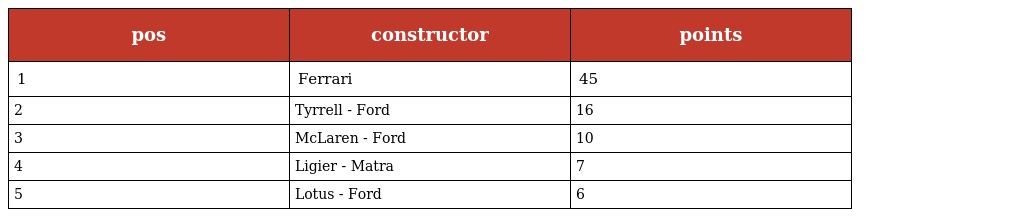
| pos | constructor | points |
 | --- | --- | --- |
 | 1 | Ferrari | 45 |
 | 2 | Tyrrell - Ford | 16 |
 | 3 | McLaren - Ford | 10 |
 | 4 | Ligier - Matra | 7 |
 | 5 | Lotus - Ford | 6 |